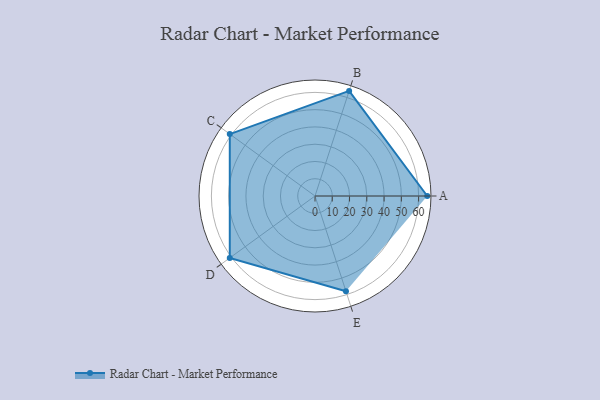
{"axis": {"x": "Skill", "y": "Score"}, "legend": ["Profile"], "data": [{"x": "A", "y": 65.0, "type": "Profile"}, {"x": "B", "y": 64.0, "type": "Profile"}, {"x": "C", "y": 61.0, "type": "Profile"}, {"x": "D", "y": 61.0, "type": "Profile"}, {"x": "E", "y": 58.0, "type": "Profile"}]}